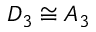
D _ { 3 } \cong A _ { 3 }